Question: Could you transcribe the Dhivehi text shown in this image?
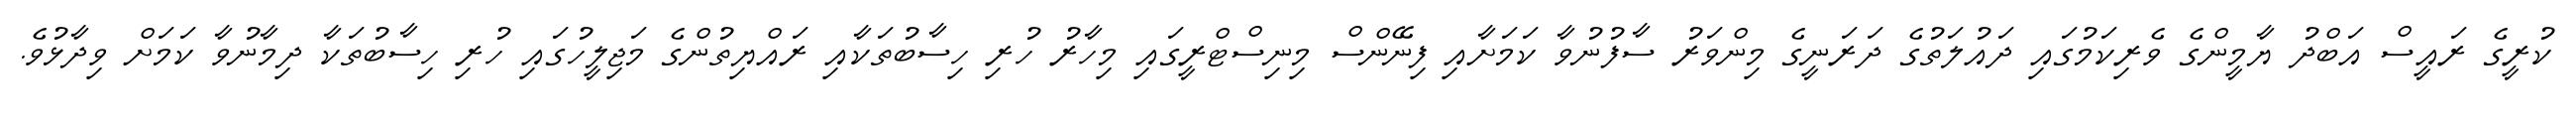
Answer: ކުރީގެ ރައީސް އަބްދު ޔާމީންގެ ވެރިކަމުގައި ދައުލަތުގެ ދަރަނީގެ މިންވަރު ސާފުނުވާ ކަމަށާއި ފިނޭންސް މިނިސްޓްރީގައި މިހާރު ހުރި ހިސާބުތަކާއި ރައްޔިތުންގެ މަޖިލީހުގައި ހުރި ހިސާބުތަކާ ދިމާނުވާ ކަމަށް ވިދާޅުވެ.